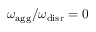
{ \omega _ { \mathrm { a g g } } / \omega _ { \mathrm { d i s r } } = 0 }